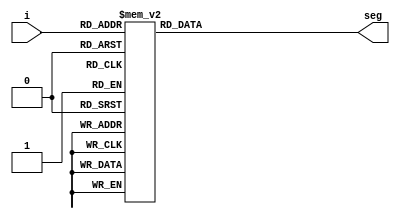
module seg7(
	input  [3:0]i,
	output reg [6:0]seg
);
always @(i)
case (i)
   4'd0:seg=7'b1111110;
	4'd1:seg=7'b0110000;
	4'd2:seg=7'b1101101;
	4'd3:seg=7'b1111001;
	4'd4:seg=7'b0110011;
	4'd5:seg=7'b1011011;
	4'd6:seg=7'b1011111;
	4'd7:seg=7'b1110000;
	4'd8:seg=7'b1111111;
	4'd9:seg=7'b1111011;
	4'ha:seg=7'b1110111;
	4'hb:seg=7'b0011111;
	4'hc:seg=7'b1001110;
	4'hd:seg=7'b0111101;
	4'he:seg=7'b1001111;
	4'hF:seg=7'b1000111;
endcase 
endmodule